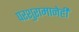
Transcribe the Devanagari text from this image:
परशुरामानेही